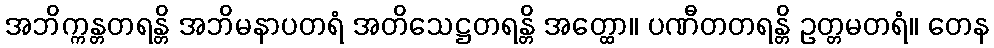
အဘိက္ကန္တတရန္တိ အဘိမနာပတရံ အတိသေဋ္ဌတရန္တိ အတ္ထော။ ပဏီတတရန္တိ ဥတ္တမတရံ။ တေန